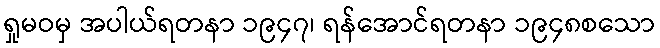
ရှုမဝမှ အပါယ်ရတနာ ၁၉၄၇၊ ရန်အောင်ရတနာ ၁၉၄၈စသော